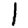
Digit: 1